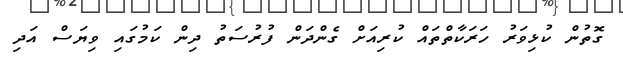
ގޮތުން ކުޅިވަރު ހަރަކާތްތައް ކުރިއަށް ގެންދަން ފުރުސަތު ދިން ކަމުގައި ވިޔަސް އަދި